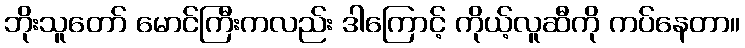
ဘိုးသူတော် မောင်ကြီးကလည်း ဒါကြောင့် ကိုယ့်လူဆီကို ကပ်နေတာ။